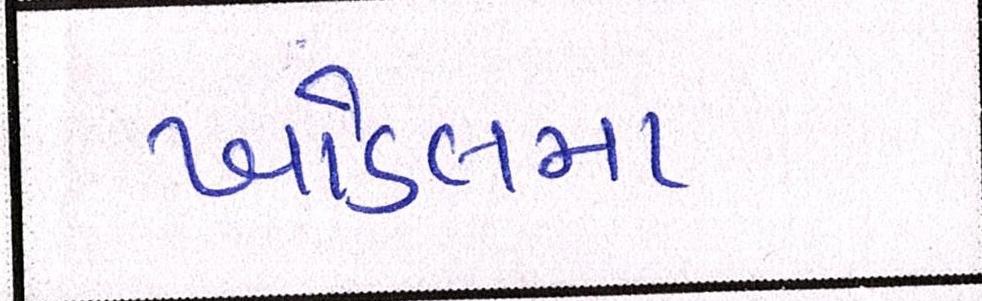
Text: ખોડલમા